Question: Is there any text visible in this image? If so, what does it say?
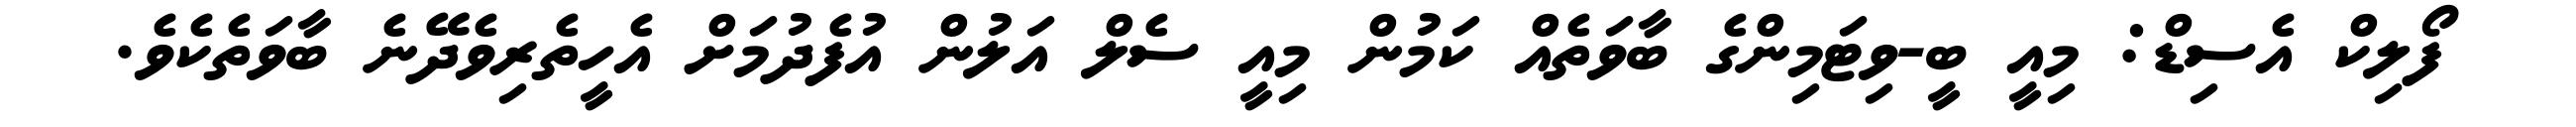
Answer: ފޯލިކް އެސިޑް: މިއީ ބީ-ވިޓަމިންގެ ބާވަތެއް ކަމުން މިއީ ސެލް އަލުން އުފެދުމަށް އެހީތެރިވެދޭނެ ބާވަތެކެވެ.